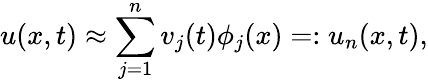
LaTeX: u(x,t)\approx\sum_{j=1}^{n}{v}_{j}(t)\phi_{j}(x)=:u_{n}(x,t),